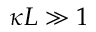
\kappa L \gg 1